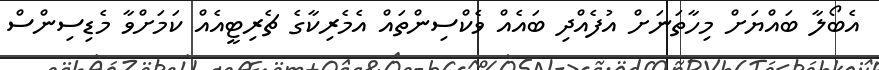
އެބޯލާ ބައްޔަށް މިހާތަނަށް އުފެއްދި ބައެއް ވެކްސިންތައް އެމެރިކާގެ ޗެރިޓީއެއް ކަމަށްވާ މެޑިސިންސް